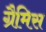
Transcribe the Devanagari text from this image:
ग्रैमिस